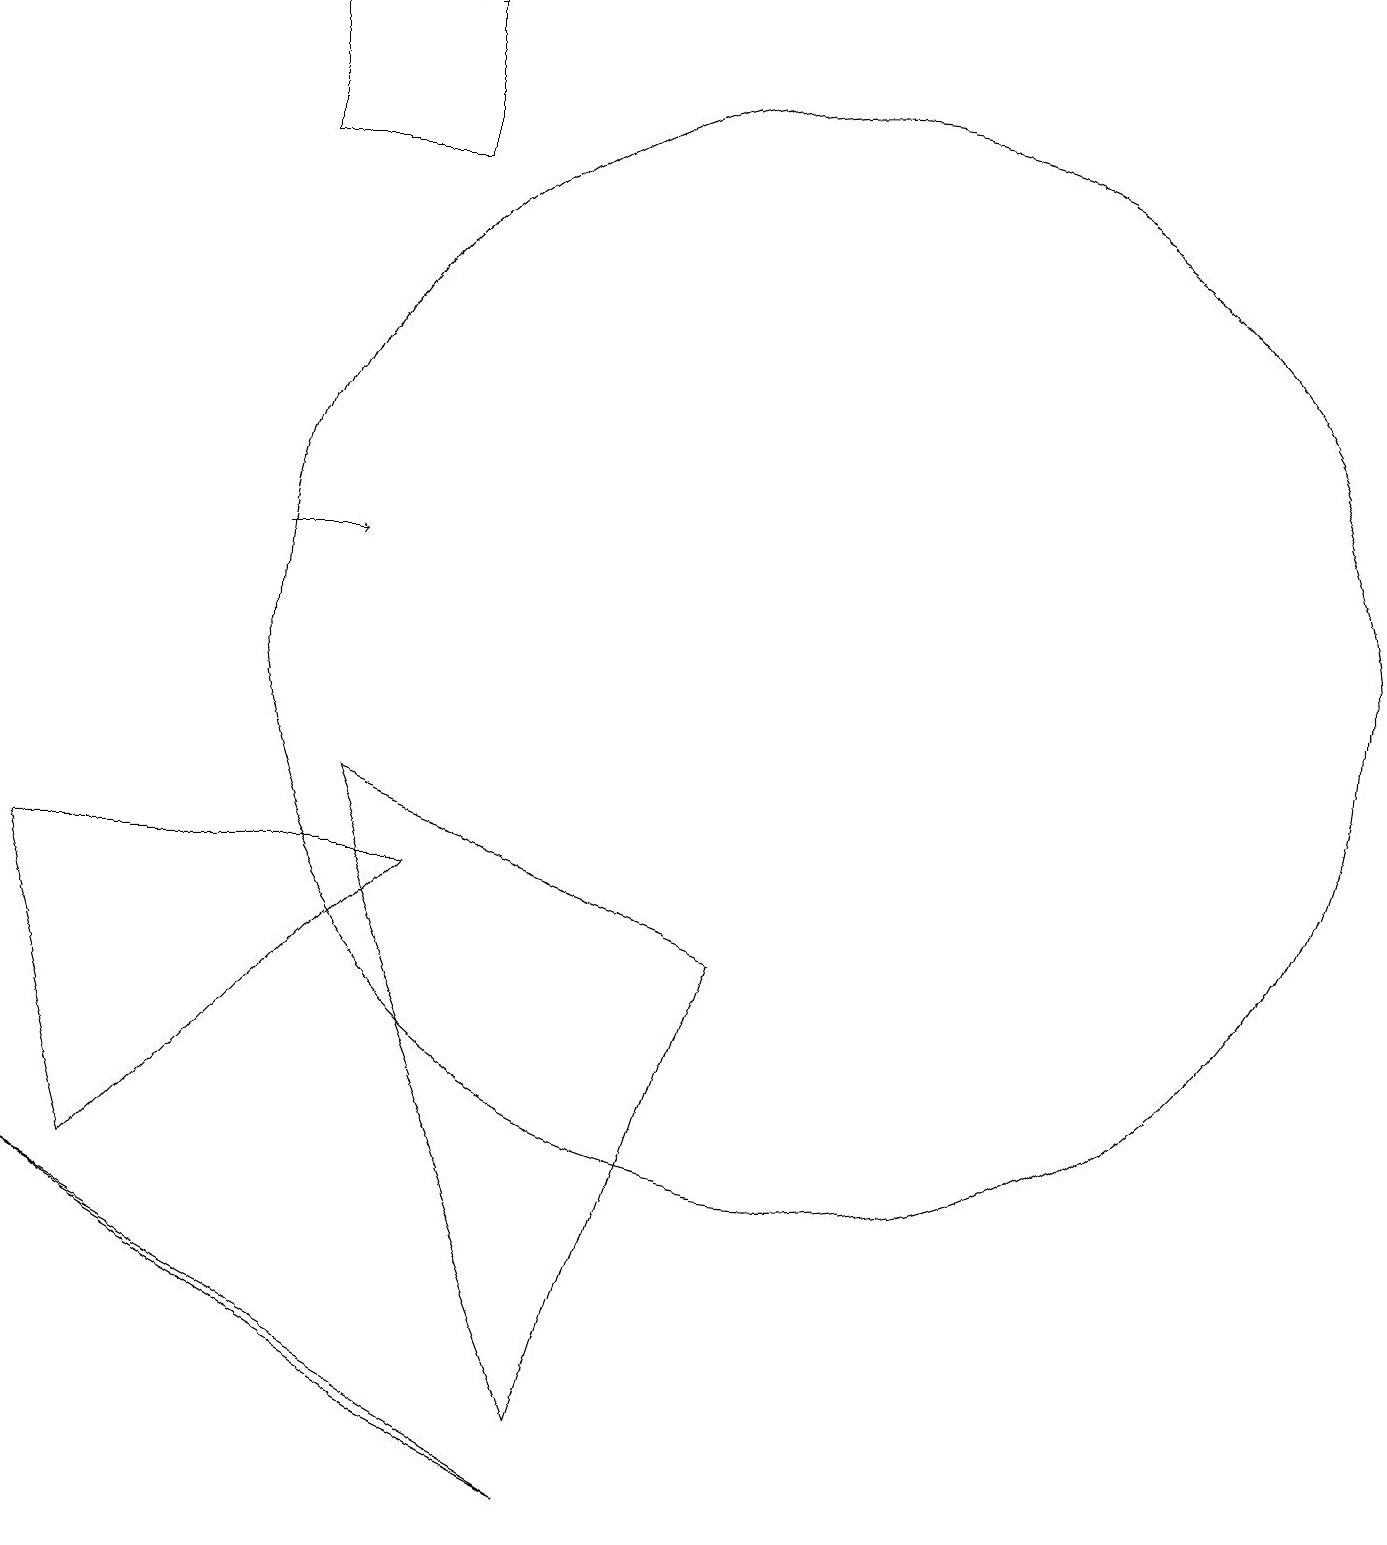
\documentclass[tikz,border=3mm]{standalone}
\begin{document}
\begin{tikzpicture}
\draw[->] (3,12) -- (4,12);
\draw (7,1) -- (4,9) -- (9,7) -- cycle;
\draw (10,11) circle (7);
\draw (0,8) -- (5,8) -- (1,4) -- cycle;
\draw (5,19) rectangle (3,17);
\draw (5,1) -- (7,0) -- (0,4) -- cycle;
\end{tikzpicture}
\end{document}